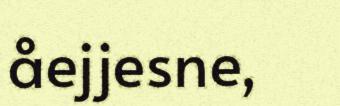
åejjesne,